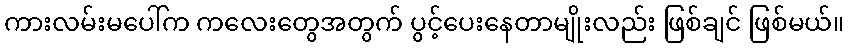
ကားလမ်းမပေါ်က ကလေးတွေအတွက် ပွင့်ပေးနေတာမျိုးလည်း ဖြစ်ချင် ဖြစ်မယ်။